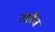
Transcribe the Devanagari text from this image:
लाग्रैंज